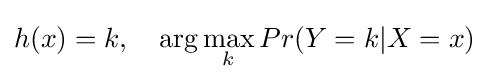
h(x)=k,\quad \arg \max _{k}Pr(Y=k|X=x)